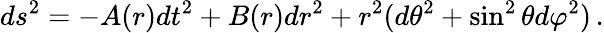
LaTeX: ds^{2}=-A(r)dt^{2}+B(r)dr^{2}+r^{2}(d\theta^{2}+\sin^{2}\theta d\varphi^{2})\, .